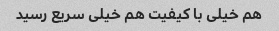
هم خیلی با کیفیت هم خیلی سریع رسید